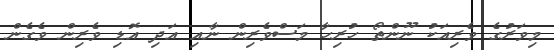
މިވަރުގެ ވެރިއަކު ނޫންތޯ ހުރިހާ މަސްވެރިން ނާއި އަދި އޮޑި ވެރިން ވެގެން